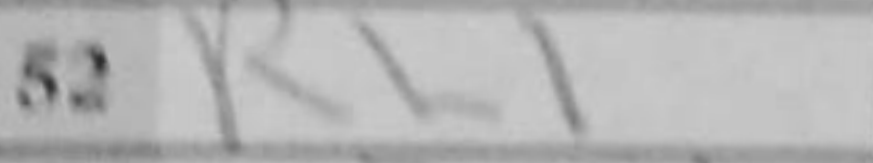
Transcription: Rh1